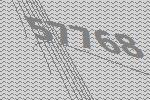
57768